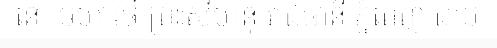
នៅ មហាវិថី ព្រះសីហនុ រាជធានី ភ្នំពេញ ជាប់